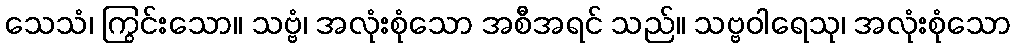
သေသံ၊ ကြွင်းသော။ သဗ္ဗံ၊ အလုံးစုံသော အစီအရင် သည်။ သဗ္ဗဝါရေသု၊ အလုံးစုံသော